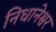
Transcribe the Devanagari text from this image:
निधानेश्वर